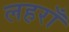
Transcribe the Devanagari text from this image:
लहराँ